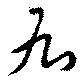
右